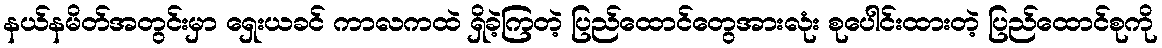
နယ်နမိတ်အတွင်းမှာ ရှေးယခင် ကာလကထဲ ရှိခဲ့ကြတဲ့ ပြည်ထောင်တွေအားလုံး စုပေါင်းထားတဲ့ ပြည်ထောင်စုကို